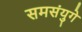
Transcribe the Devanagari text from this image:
समसंयुगे